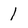
Character: 1